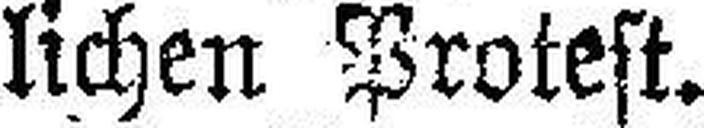
lichen Protest.